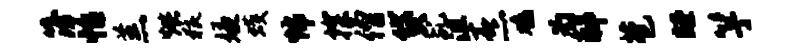
簿怡羔烘狼嫌蠖怖探僧贷乩沮熹鸡为邸苞瞠竽